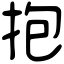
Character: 抱